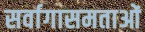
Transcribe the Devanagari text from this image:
सर्वागासमताओं